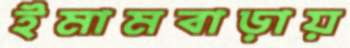
ইমামবাড়ায়